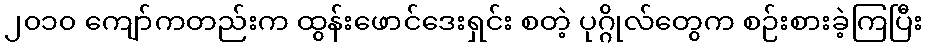
၂၀၁၀ ကျော်ကတည်းက ထွန်းဖောင်ဒေးရှင်း စတဲ့ ပုဂ္ဂိုလ်တွေက စဉ်းစားခဲ့ကြပြီး